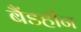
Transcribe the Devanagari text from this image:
बैंडहीन